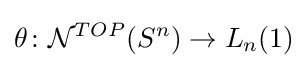
\theta \colon {\mathcal {N}}^{TOP}(S^{n})\to L_{n}(1)